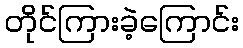
တိုင်ကြားခဲ့ကြောင်း